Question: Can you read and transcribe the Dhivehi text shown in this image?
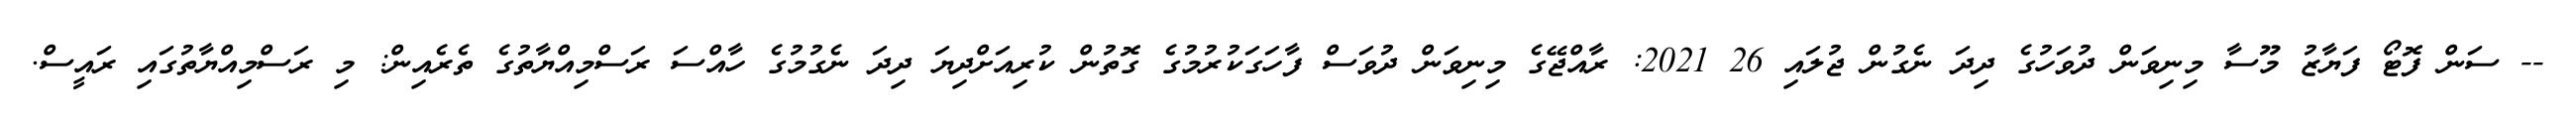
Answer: -- ސަން ފޮޓޯ ފަޔާޒު މޫސާ މިނިވަން ދުވަހުގެ ދިދަ ނެގުން ޖުލައި 26 2021: ރާއްޖޭގެ މިނިވަން ދުވަސް ފާހަގަކުރުމުގެ ގޮތުން ކުރިއަށްދިޔަ ދިދަ ނެގުމުގެ ހާއްސަ ރަސްމިއްޔާތުގެ ތެރެއިން: މި ރަސްމިއްޔާތުގައި ރައީސް.